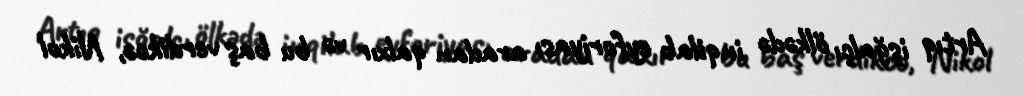
Artıq işğalçı ölkədə inqilab eyforiyası aradan qalxır və bu baş verdikcə, Nikol